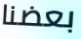
بعضنا